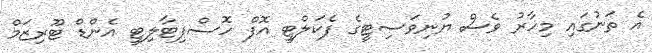
އެ ތަނުގައި މިހާރު ވެސް ޔުނިވަސިޓީގެ ފެކަލްޓީ އޮފް ހޮސްޕިޓާލިޓީ އެންޑް ޓޫރިޒަމް